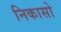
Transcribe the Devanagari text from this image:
निकासो